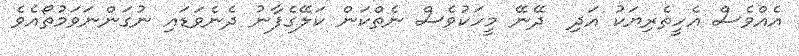
އެއްވެސް އެހީތެރިޔަކު އަދި  ދޭނޭ މީހަކުވެސް ނެތްކަން ކަލޭގެފާނު ދެނެވަޑައި ނުގަންނަވަމުތޯއެވެ